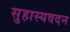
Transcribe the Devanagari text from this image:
सुहास्यवदन